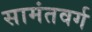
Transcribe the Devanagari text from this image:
सामंतवर्ग